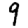
Digit: 9